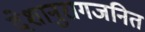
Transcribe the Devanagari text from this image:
देशानुरागजनित